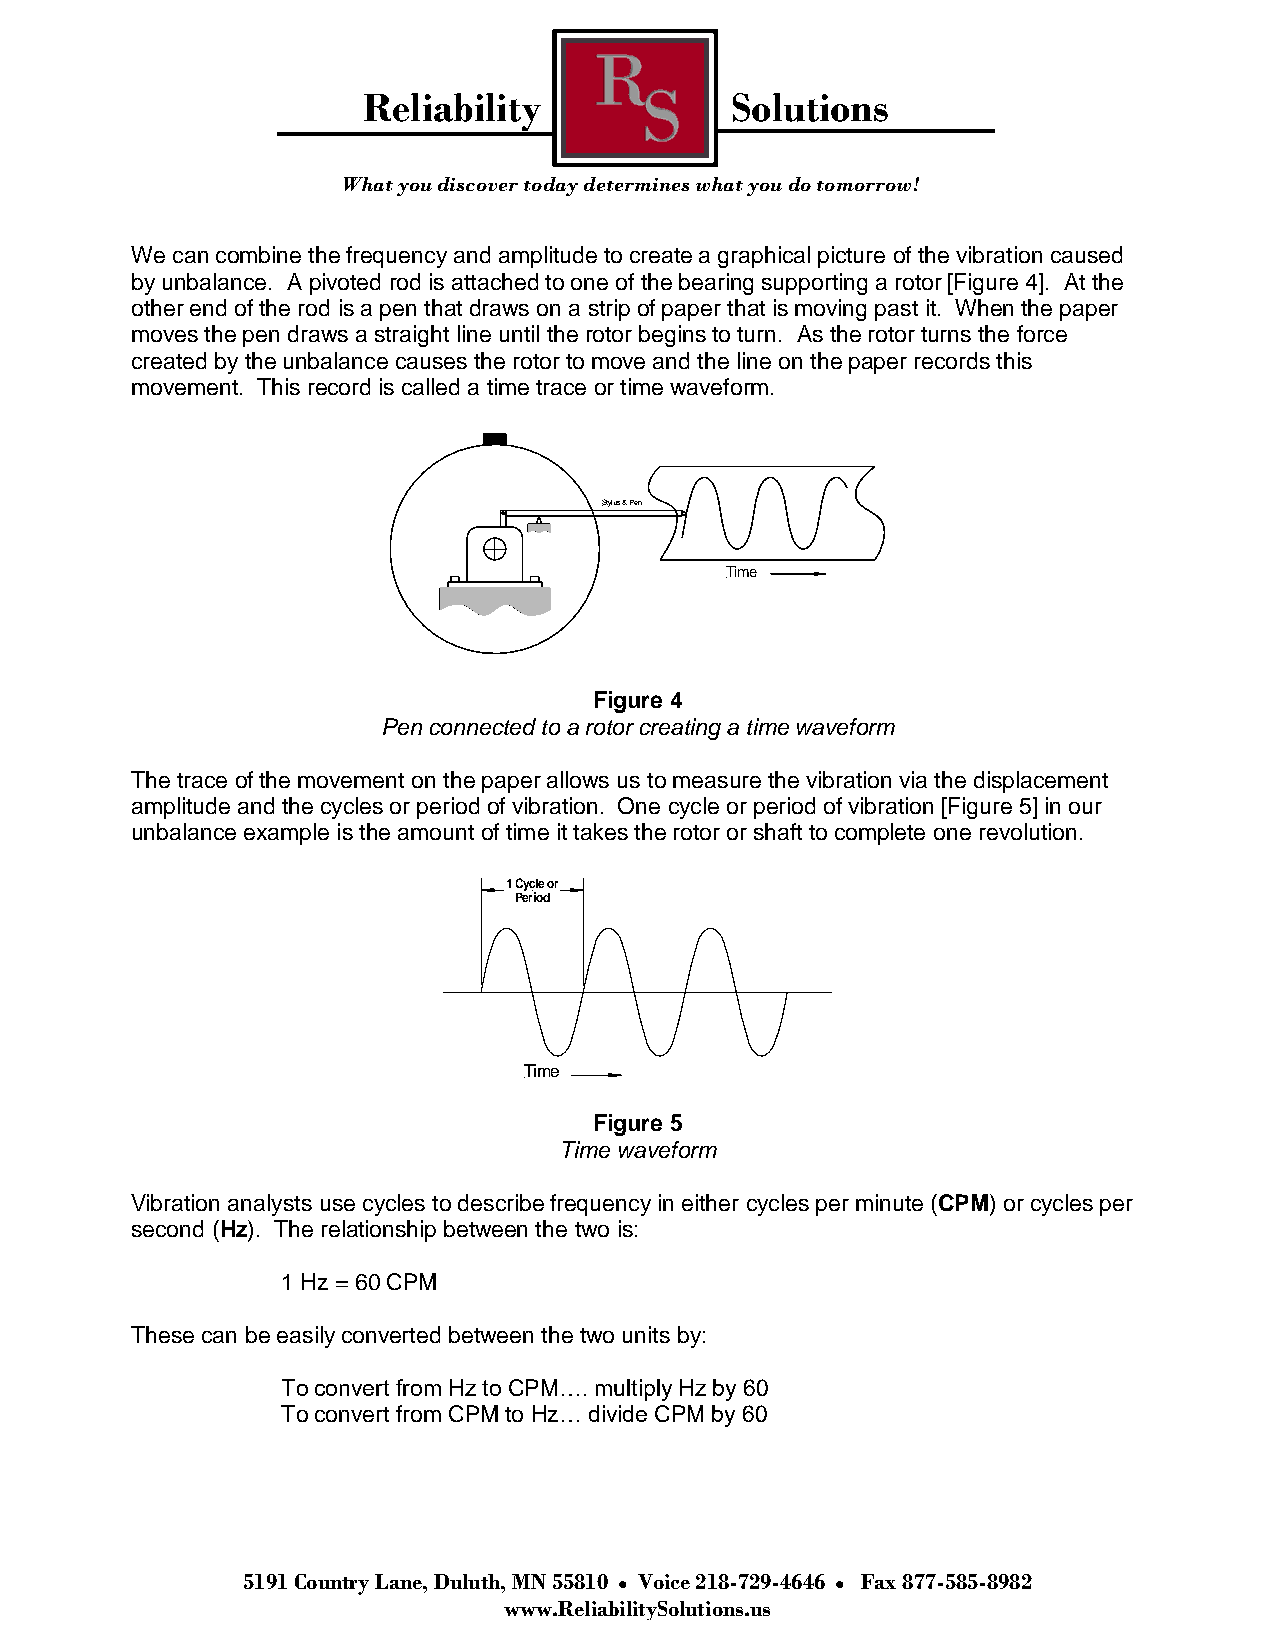
Reliability             Solutions
 What you discover today determines what you do tomorrow!
 We can combine the frequency and amplitude to create a graphical picture of the vibration caused
 by unbalance. A pivoted rod is attached to one of the bearing supporting a rotor [Figure 4]. At the
 other end of the rod is a pen that draws on a strip of paper that is moving past it. When the paper
 moves the pen draws a straight line until the rotor begins to turn. As the rotor turns the force
 created by the unbalance causes the rotor to move and the line on the paper records this
 movement. This record is called a time trace or time waveform.
 Stylus & Pen
 Time
 Figure 4
 Pen connected to a rotor creating a time waveform
 The trace of the movement on the paper allows us to measure the vibration via the displacement
 amplitude and the cycles or period of vibration. One cycle or period of vibration [Figure 5] in our
 unbalance example is the amount of time it takes the rotor or shaft to complete one revolution.
 1 Cycle or
 Period
 Time
 Figure 5
 Time waveform
 Vibration analysts use cycles to describe frequency in either cycles per minute (CPM) or cycles per
 second (Hz). The relationship between the two is:
 1 Hz = 60 CPM
 These can be easily converted between the two units by:
 To convert from Hz to CPM…. multiply Hz by 60
 To convert from CPM to Hz… divide CPM by 60
 5191 Country Lane, Duluth, MN 55810 Voice 218-729-4646 Fax 877-585-8982
 www.ReliabilitySolutions.us